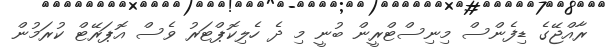
ރާއްޖޭގެ ޑިފެންސް މިނިސްޓްރީން ބުނީ މި ދެ ހެލިކޮޕްޓަރު ވެސް އޮޕަރޭޓް ކުރަމުން